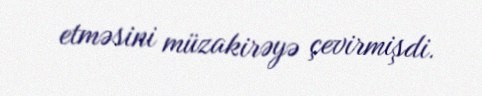
etməsini müzakirəyə çevirmişdi.